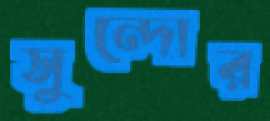
সুন্দোর